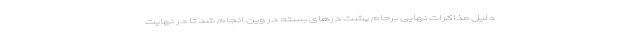
دلیل مذاکرات نهایی برجام پشت درهای بسته در وین انجام شد تا در نهایت